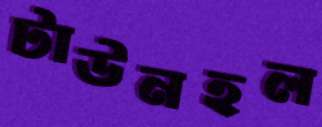
টাউনহল